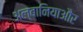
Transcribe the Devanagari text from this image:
अल्बानियाऔर